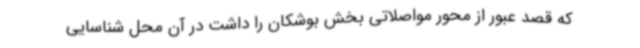
که قصد عبور از محور مواصلاتی بخش بوشکان را داشت در آن محل شناسایی